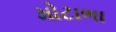
મોટાભા